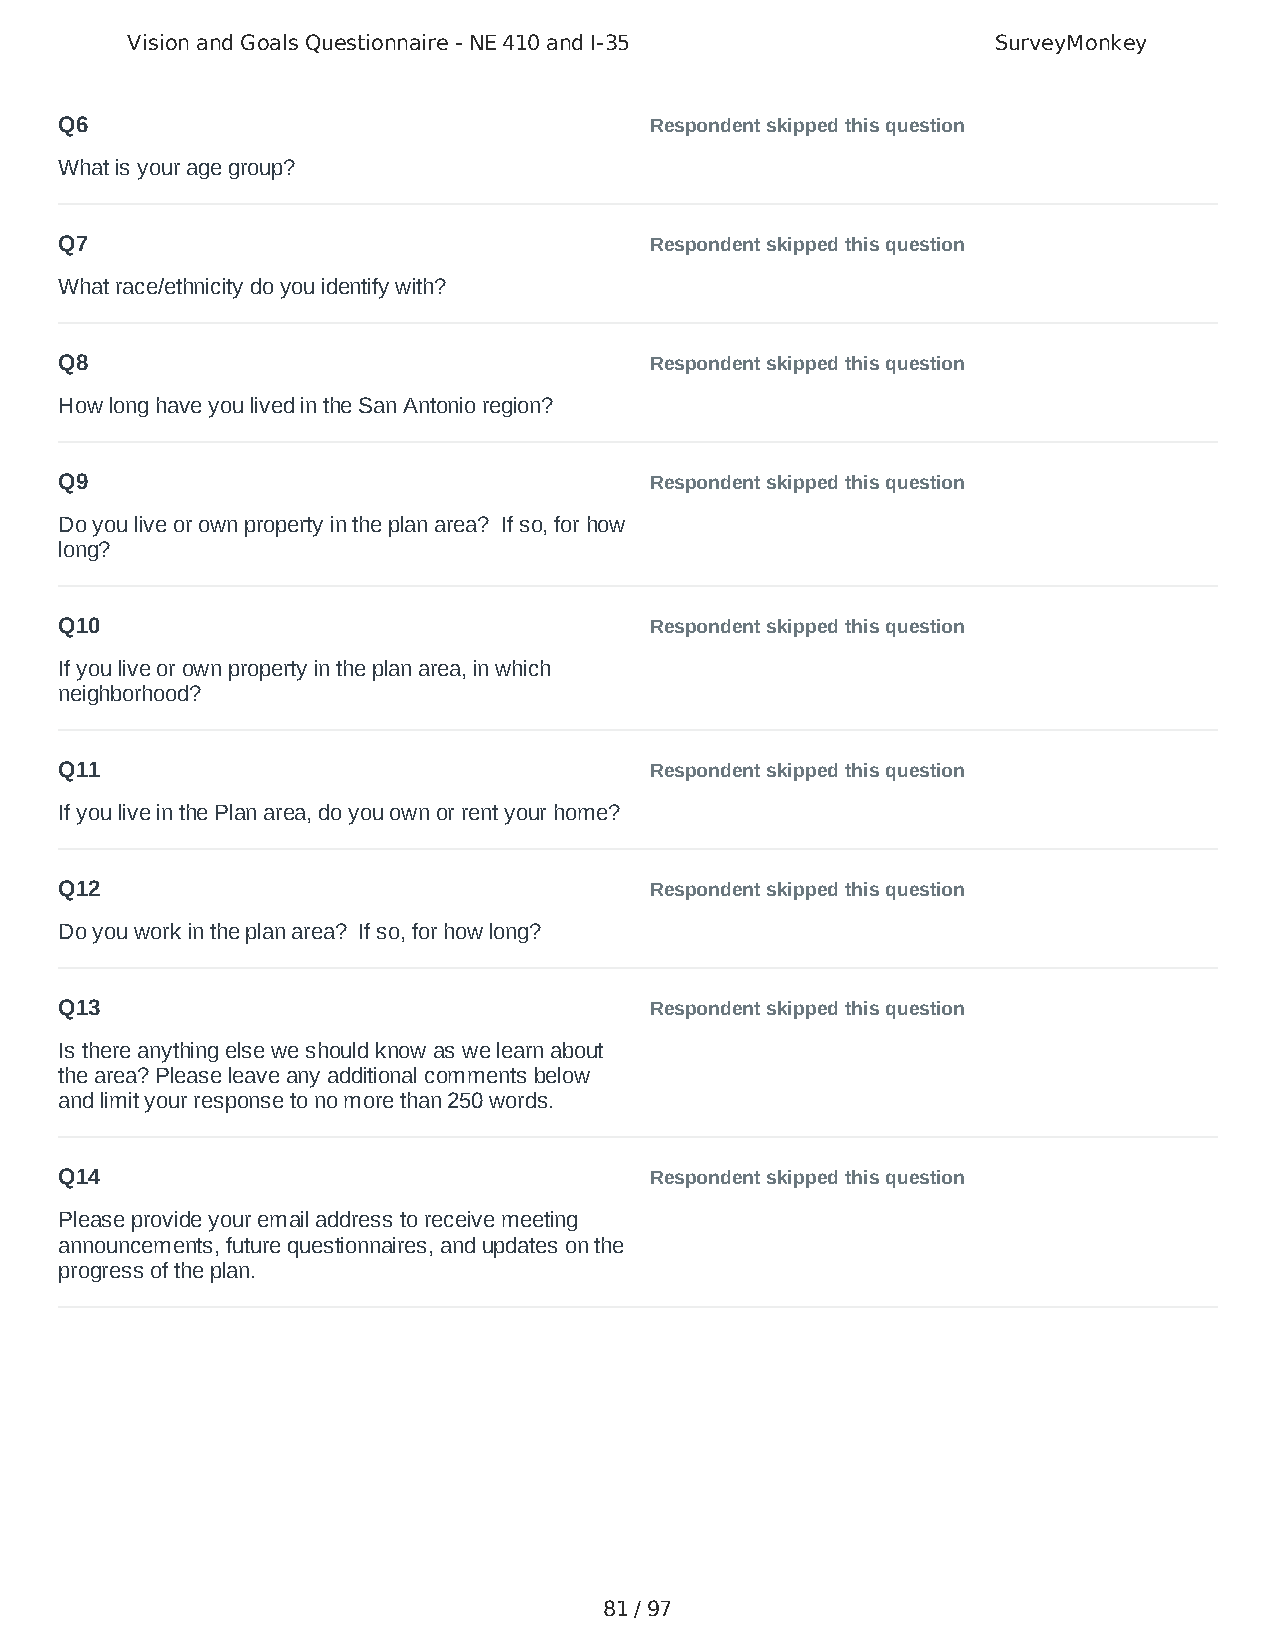
Vision and Goals Questionnaire - NE 410 and I-35          SurveyMonkey
 Q6                                     Respondent skipped this question
 What is your age group?
 Q7                                     Respondent skipped this question
 What race/ethnicity do you identify with?
 Q8                                     Respondent skipped this question
 How long have you lived in the San Antonio region?
 Q9                                     Respondent skipped this question
 Do you live or own property in the plan area? If so, for how
 long?
 Q10                                    Respondent skipped this question
 If you live or own property in the plan area, in which
 neighborhood?
 Q11                                    Respondent skipped this question
 If you live in the Plan area, do you own or rent your home?
 Q12                                    Respondent skipped this question
 Do you work in the plan area? If so, for how long?
 Q13                                    Respondent skipped this question
 Is there anything else we should know as we learn about
 the area? Please leave any additional comments below
 and limit your response to no more than 250 words.
 Q14                                    Respondent skipped this question
 Please provide your email address to receive meeting
 announcements, future questionnaires, and updates on the
 progress of the plan.
 81 / 97